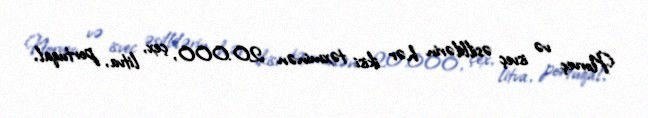
Norveç və isveç əsillilərin hər ikisi təxminən 20.000, çex, litva, portuqal,